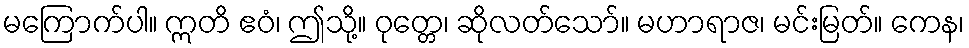
မကြောက်ပါ။ ဣတိ ဧဝံ၊ ဤသို့။ ဝုတ္တေ၊ ဆိုလတ်သော်။ မဟာရာဇ၊ မင်းမြတ်။ ကေန၊